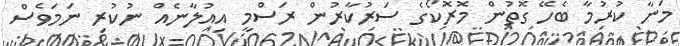
މަނާ ކުރުމާ ބެހޭ ގޮތުން މޮރޮކޯގެ ސަރުކާރުން ރަސްމީ އިއުލާނެއް ނުކުރި ނަމަވެސް